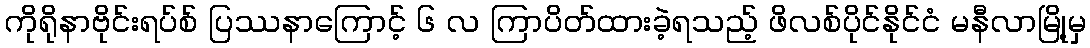
ကိုရိုနာဗိုင်းရပ်စ် ပြဿနာကြောင့် ၆ လ ကြာပိတ်ထားခဲ့ရသည့် ဖိလစ်ပိုင်နိုင်ငံ မနီလာမြို့မှ